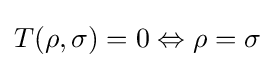
T(\rho ,\sigma )=0\Leftrightarrow \rho =\sigma